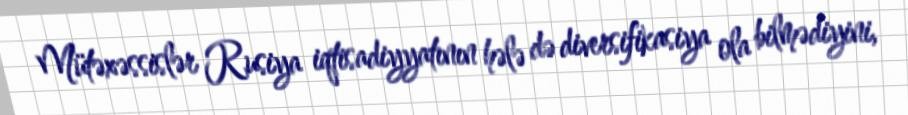
Mütəxəssislər Rusiya iqtisadiyyatının hələ də diversifikasiya ola bilmədiyini,